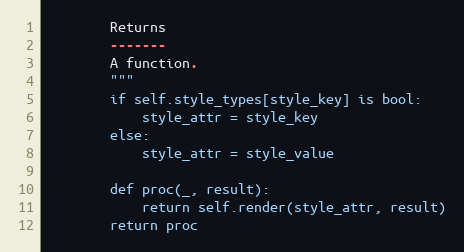
Language: Python
        Returns
        -------
        A function.
        """
        if self.style_types[style_key] is bool:
            style_attr = style_key
        else:
            style_attr = style_value

        def proc(_, result):
            return self.render(style_attr, result)
        return proc